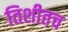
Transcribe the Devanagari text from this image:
तिशीतच